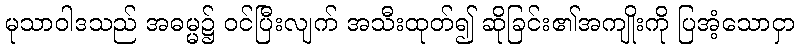
မုသာဝါဒသည် အဓမ္မ၌ ဝင်ပြီးလျက် အသီးထုတ်၍ ဆိုခြင်း၏အကျိုးကို ပြအံ့သောငှာ